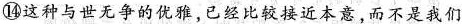
⑭这种与世无争的优雅，已经比较接近本意，而不是我们